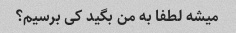
میشه لطفا به من بگید کی برسیم؟